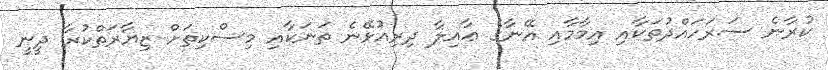
ކުރާނެ ސަރަހައްދުތަކާއި އިމާމާއި އޭނާގެ ޢާއިލާ ދިރިއުޅޭނެ ތަނަކާއި މިސްކިތަށް ޒިޔާރަތްކުރާ ދީނީ